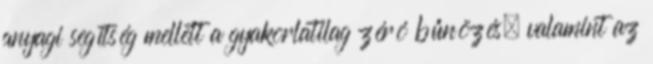
anyagi segítség mellett a gyakorlatilag zéró bűnözés, valamint az